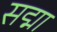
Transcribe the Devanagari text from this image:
सद्मा